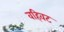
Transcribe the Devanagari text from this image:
वहिवट